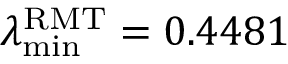
\lambda _ { \operatorname* { m i n } } ^ { \mathrm { R M T } } = 0 . 4 4 8 1